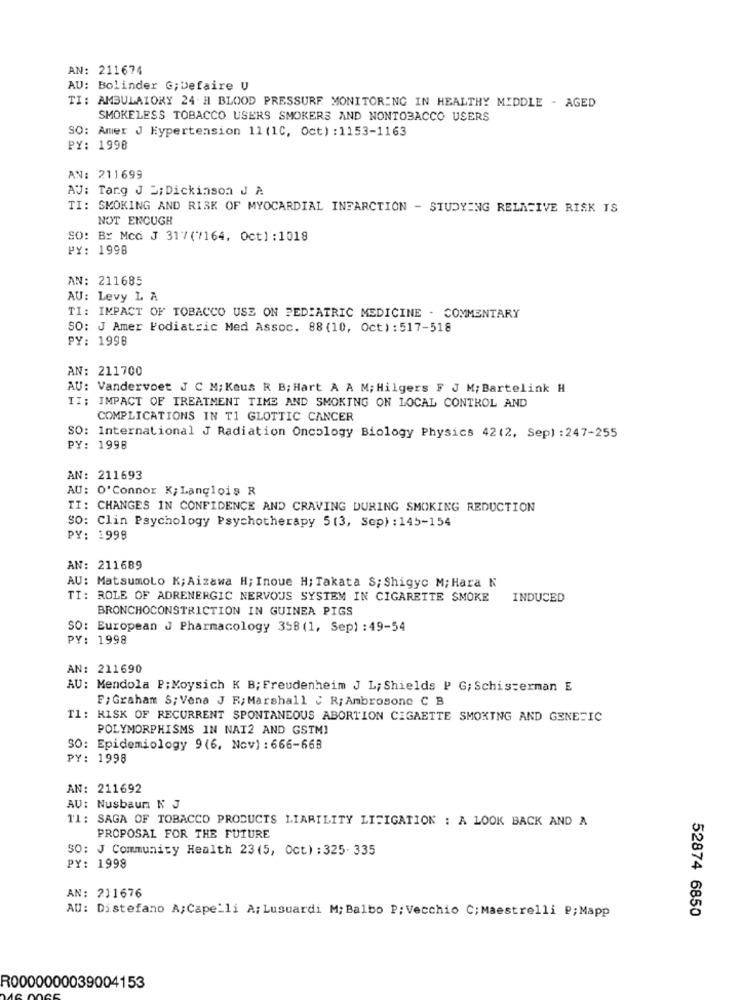
AN: 211674
AU: Bolinder G;Defaire U
TI: AMBULATORY 24 H BLOOD PRESSURE MONITORING IN HEALTHY MIDDLE - AGED
SMOKELESS TOBACCO USERS SMOKERS AND NONTOBACCO USERS
SO: Amer J Hypertension 11 (1C, Oct) : 1153-1163
PY: 1998
AN: 211699
AV: Targ J =; Dickinson J A
TI: SMOKING AND RISK OF MYOCARDIAL INFARCTION - STUDYING RELATIVE RISK IS
NOT ENOUGH
SO: Br McQ J 317(7164, Oct] :1018
PY: 1998
AN: 211685
AU: Levy L A
TI: IMPACT OF TOBACCO USE ON PEDIATRIC MEDICINE . COMMENTARY
SO: J Amer Podiatric Med Assoc. 88 (10, Oct) : 517-518
PY: 1998
AN: 211700
AU: Vandervoet J C M; Keus R B; Hart A A M; Hilgers F J M; Bartelink H
II; IMPACT OF TREATMENT TIME AND SMOKING ON LOCAL CONTROL AND
COMPLICATIONS IN T1 GLOTTIC CANCER
SO: International J Radiation Oncology Biology Physics 42(2, Sep) : 247-255
PY: 1998
AN: 211693
AU: O'Connor K; Langlois R
TI: CHANGES IN CONFIDENCE AND CRAVING DURING SMOKING REDUCTION
SO: Clin Psychology Psychotherapy 5(3, Sep) : 145-154
PY: 1998
AN: 211689
AU: Matsumoto K;Aizawa H; Inoue H; Takata S; Shigyc M; Hara K
TI: ROLE OF ADRENERGIC NERVOUS SYSTEM IN CIGARETTE SMOKE
INDUCED
BRONCHOCONSTRICTION IN GUINEA PIGS
SO: European J Pharmacology 358 (1, Sep) : 49-54
PY: 1998
AN: 211690
AU: Mendola P;Moysich K B;Freudenheim J L; Shields P G; Schisserman E
F; Graham S; Vena J R; Marshall & R; Ambrosone C B
Tl: RISK OF RECURRENT SPONTANEOUS ABORTION CIGAETTE SMOKING AND GENETIC
POLYMORPHISMS IN NAT2 AND GSTM!
SO: Epidemiology 9(6, Nov) : 666-668
PY: 1998
AN: 211692
AU: Nusbaum N J
11: SAGA OF TOBACCO PRODUCTS LIABILITY LITIGATION : A LOOK BACK AND A
PROPOSAL FOR THE FUTURE
SO: J Community Health 23(5, Oct) : 325- 335
PY: 1998
AN: 211676
52874 6850
AU: Distefano A;Cape'li A; Lusuardi M; Balbo P:Vecchio C; Maestrelli P;Mapp
R0000000039004153